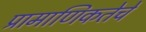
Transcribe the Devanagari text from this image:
प्रामाणिकतेचे